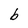
Character: b